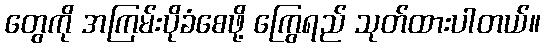
တွေကို အကြမ်းပိုခံစေဖို့ ကြွေရည် သုတ်ထားပါတယ်။